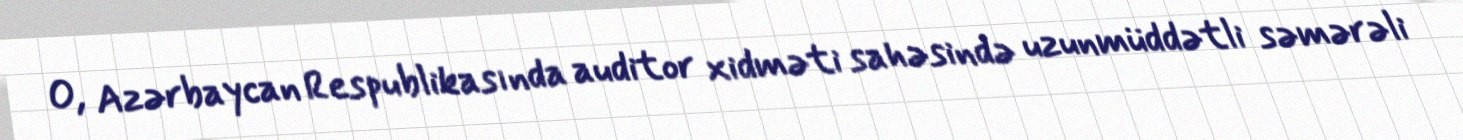
O, Azərbaycan Respublikasında auditor xidməti sahəsində uzunmüddətli səmərəli